Problem: 15 + 88 = ?
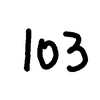
Handwritten answer: 103